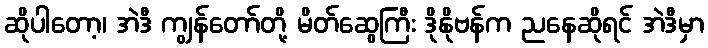
ဆိုပါတော့၊ အဲဒီ ကျွန်တော်တို့ မိတ်ဆွေကြီး ဒိုနိုဗန်က ညနေဆိုရင် အဲဒီမှာ